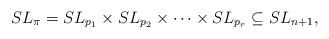
LaTeX: \begin{align*}SL_{\pi} = SL_{p_1} \times SL_{p_2} \times \cdots \times SL_{p_r} \subseteq SL_{n+1}, \end{align*}